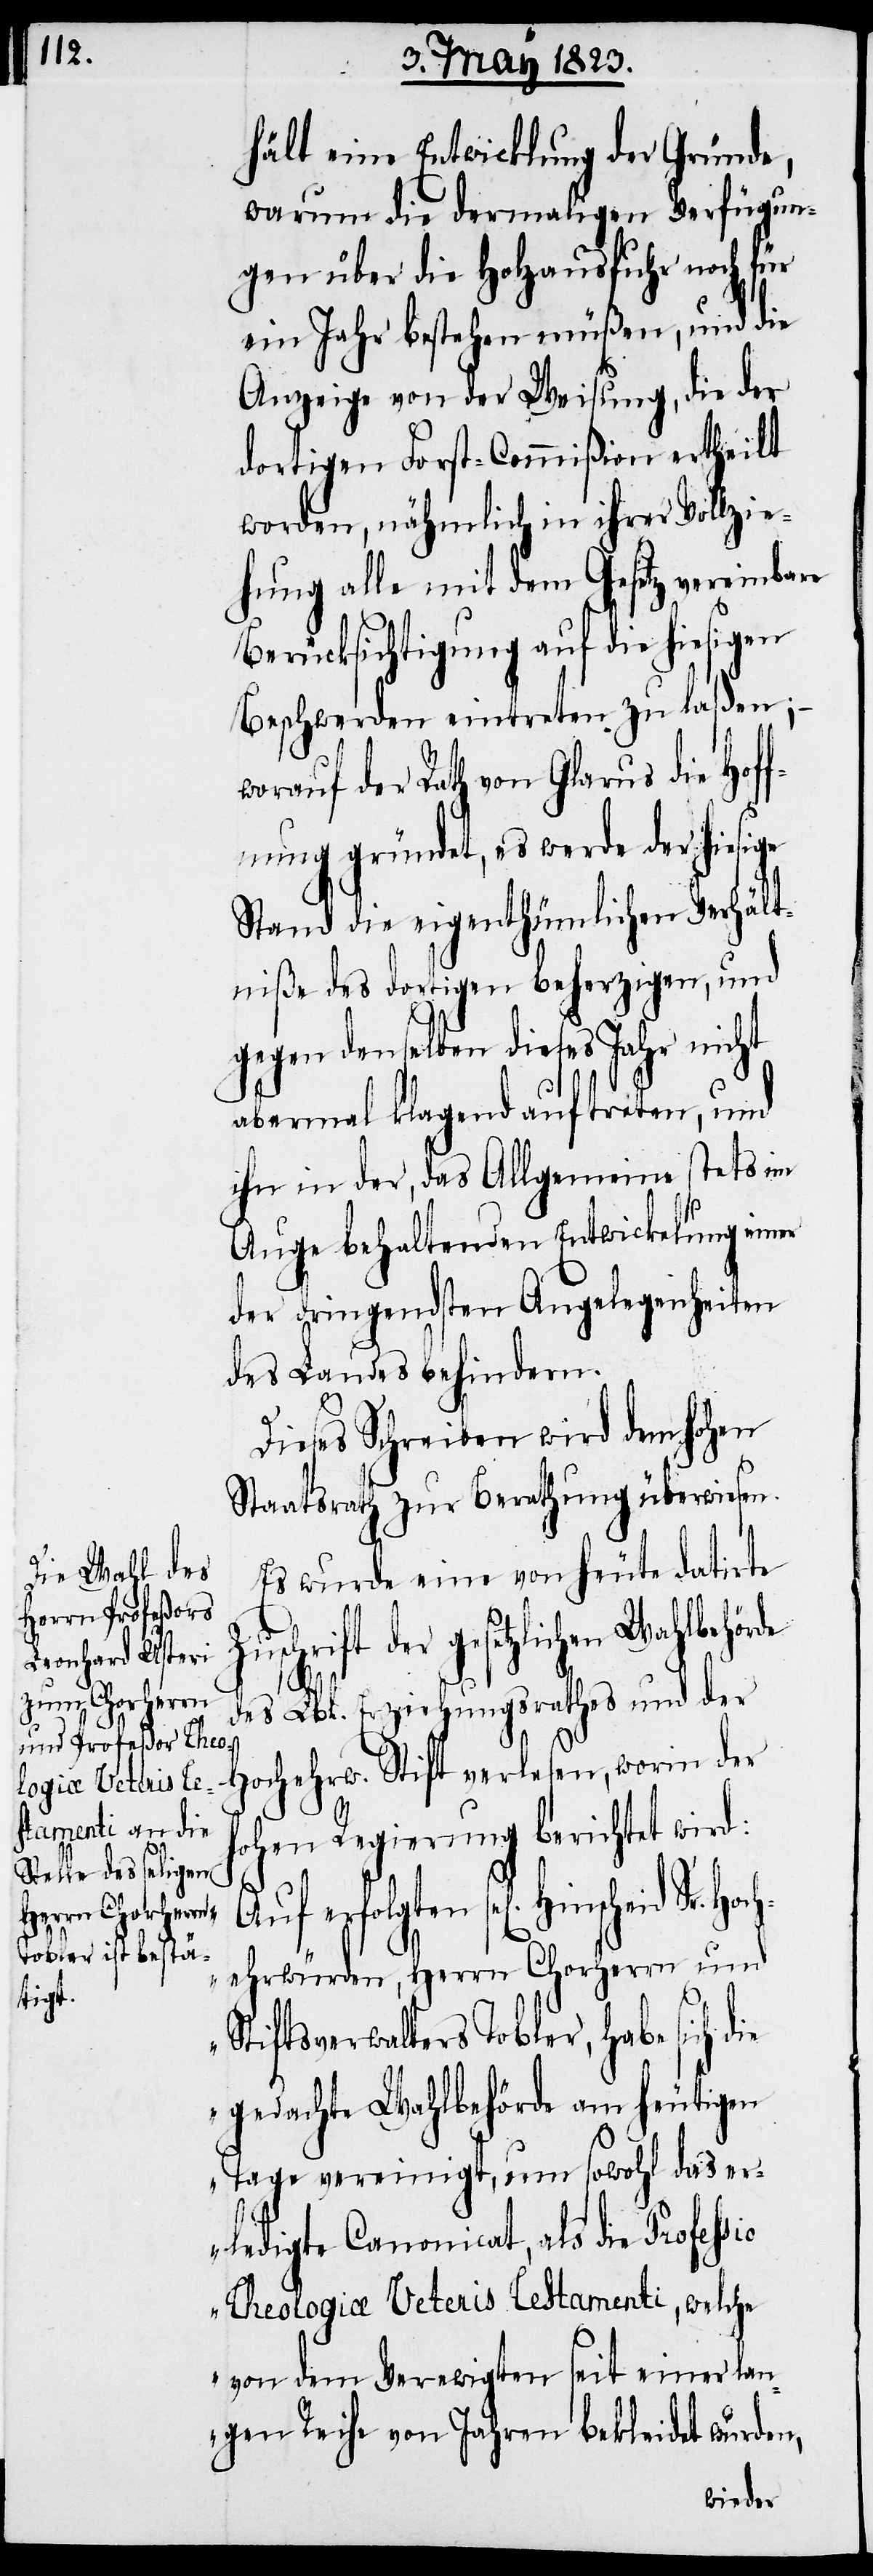
hält eine Entwicklung der Gründe,
warum die dermaligen Verfügun¬
gen über die Holzausfuhr noch für
ein Jahr bestehen müßen, und die
Anzeige von der Weisung, die der
dortigen Forst-Commißion ertheilt
worden, nähmlich in ihrer Vollzie¬
hung alle mit dem Gesetz vereinbare
Berücksichtigung auf die hiesigen
Beschwerden eintreten zu laßen;
worauf der Rath von Glarus die Hof¬
fnung gründet, es werde der hiesige
Stand die eigenthümlichen Verhält¬
niße des dortigen beherzigen, und
gegen denselben dieses Jahr nicht
abermal klagend auftreten, und
ihn in der, das Allgemeine stets im
Auge behaltenden Entwickelung einer
der dringendsten Angelegenheiten
des Landes behindern.
Dieses Schreiben wird dem hohen
Staatsrath zur Berathung überwiesen.
Es wurde eine von heute datirte
der gesetzlichen Wahlbehörde
des Lbl. Erziehungsrathes und der
Hochehrw. Stift verlesen, worin der
hohen Regierung berichtet wird:
n] Hinscheid Sr. Hoch¬
ehrwürden, Herrn Chorherrn und
Stiftsverwalters Tobler, habe sich die
gedachte Wahlbehörde am heutigen
Tage vereinigt, um sowohl das e¬
rledigte Canonicat, als die als die
Theologiae Veteris Testamenti, welche
von dem Verewigten seit einer lan¬
gen Reihe von Jahren bekleidet wurden,